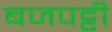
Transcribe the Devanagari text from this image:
बजपट्टी